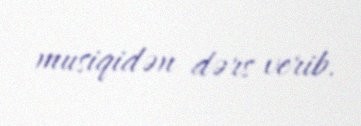
musiqidən dərs verib.